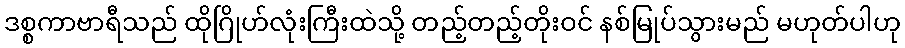
ဒစ္စကာဗာရီသည် ထိုဂြိုဟ်လုံးကြီးထဲသို့ တည့်တည့်တိုးဝင် နစ်မြုပ်သွားမည် မဟုတ်ပါဟု